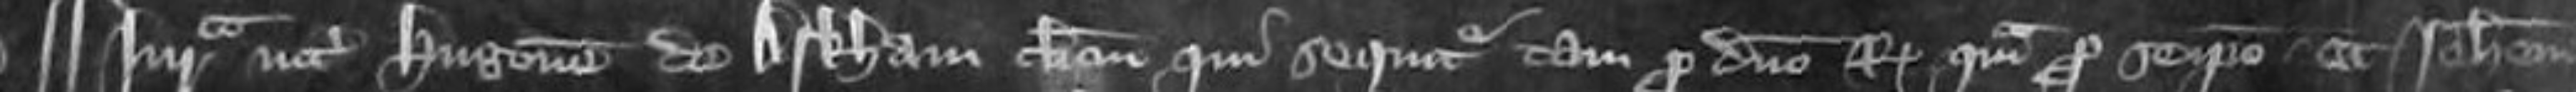
¶ Jurata inter Hugonem de Arkham clericum qui sequitur tam pro domino Regi quam pro se ispe et Johannem